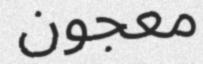
معجون